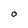
Character: O